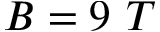
B = 9 ~ T